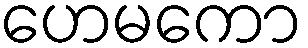
ဟေမကော